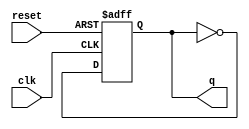
// toggle flip flop
module tff (q, clk, reset);
    output reg q; // needs to be reg because why?
    input  clk, reset;

    always @(posedge reset or posedge clk) begin
        if (reset) begin
            q <= 1'b0; // non-blocking assignment
        end else begin
            q <= ~q;
        end
    end
endmodule

module ripple_carry_counter (q, clk, reset);
    output [3:0] q; // doesn't need to be reg because here we are just connecting wires
    input        clk, reset;

    tff tff0(q[0], clk,  reset);
    tff tff1(q[1], q[0], reset);
    tff tff2(q[2], q[1], reset);
    tff tff3(q[3], q[2], reset);

endmodule